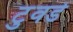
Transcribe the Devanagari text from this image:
टुवर्ड